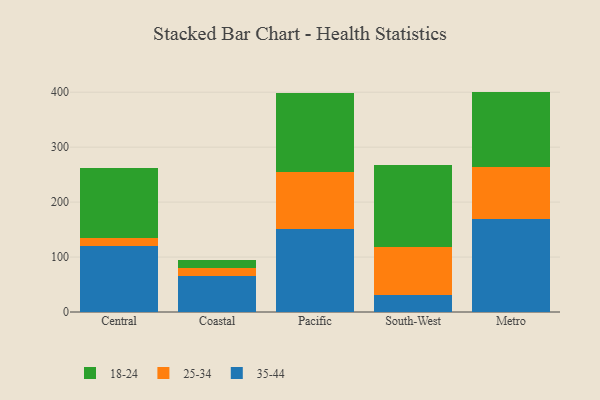
{"axis": {"x": "Region", "y": "Production Output"}, "legend": ["18-24", "25-34", "35-44"], "data": [{"x": "Central", "y": 119.4, "type": "35-44"}, {"x": "Central", "y": 15.1, "type": "25-34"}, {"x": "Central", "y": 127.8, "type": "18-24"}, {"x": "Coastal", "y": 65.6, "type": "35-44"}, {"x": "Coastal", "y": 14.7, "type": "25-34"}, {"x": "Coastal", "y": 14.4, "type": "18-24"}, {"x": "Pacific", "y": 150.7, "type": "35-44"}, {"x": "Pacific", "y": 104.0, "type": "25-34"}, {"x": "Pacific", "y": 143.5, "type": "18-24"}, {"x": "South-West", "y": 31.8, "type": "35-44"}, {"x": "South-West", "y": 87.2, "type": "25-34"}, {"x": "South-West", "y": 148.7, "type": "18-24"}, {"x": "Metro", "y": 169.8, "type": "35-44"}, {"x": "Metro", "y": 95.0, "type": "25-34"}, {"x": "Metro", "y": 136.3, "type": "18-24"}]}